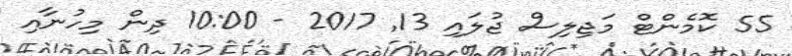
55 ކޮމެންޓް މަޖިލިސް ޖުލައި 13